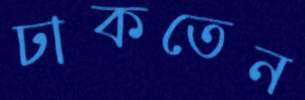
ঢাকতেন